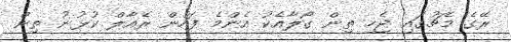
ރޭގެ މެޗުގައި ޖެހި ތިން ގޯލާއެކު އެންމެ ފަހުން ރެއާލް ކުޅުނު ތިން